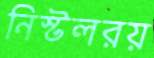
নিস্টলরয়